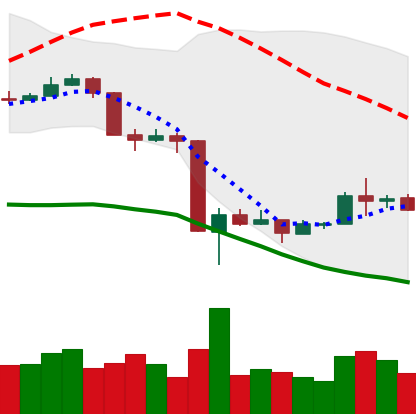
Ticker: BNB-USD
Chart end date: 2020-03-22
Forward return: 12.233%
Label: up_7plus